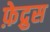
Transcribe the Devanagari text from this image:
फ़ेद्रुस